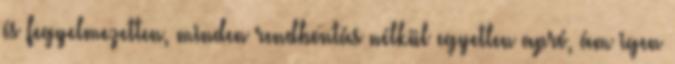
és fegyelmezetten, minden rendbontás nélkül egyetlen apró, ám igen